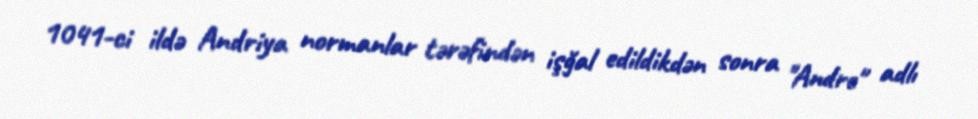
1041-ci ildə Andriya normanlar tərəfindən işğal edildikdən sonra "Andre" adlı